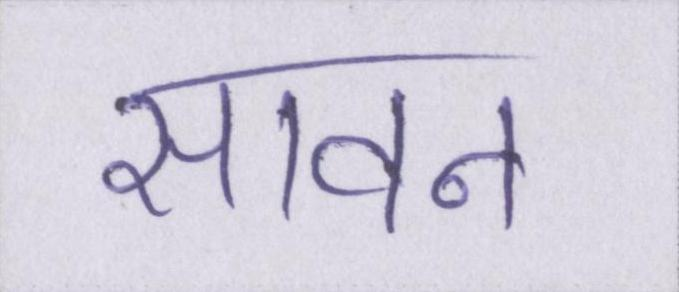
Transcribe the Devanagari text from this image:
सावन